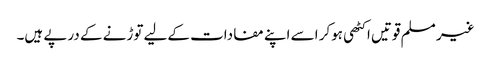
غیر مسلم قوتیں اکٹھی ہوکر اسے اپنے مفادات کےلیے توڑنے کے درپے ہیں۔